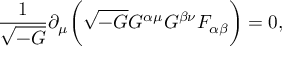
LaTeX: \frac { 1 } { \sqrt { - G } } \partial _ { \mu } \biggl ( \sqrt { - G } G ^ { \alpha \mu } G ^ { \beta \nu } F _ { \alpha \beta } \biggr ) = 0 ,